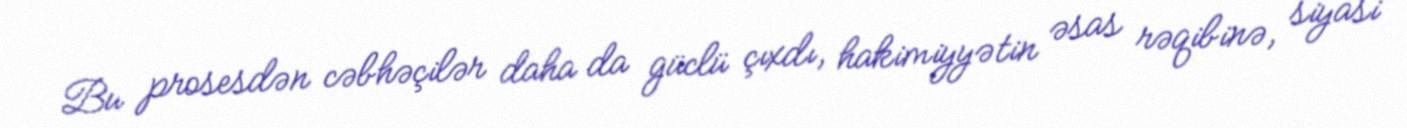
Bu prosesdən cəbhəçilər daha da güclü çıxdı, hakimiyyətin əsas rəqibinə, siyasi